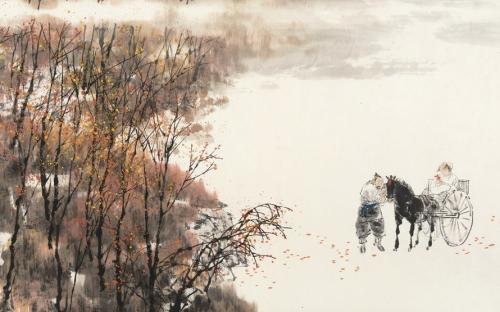
繁华事散逐香尘，流水无情草自春。